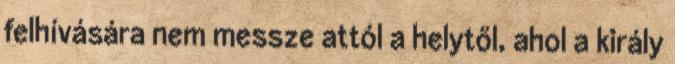
felhívására nem messze attól a helytől, ahol a király